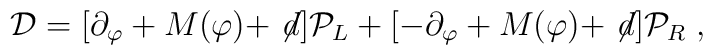
{\cal D}= [\partial_\varphi + M (\varphi)+ \not \! d] {\cal P}_L              +[-\partial_\varphi + M (\varphi)+ \not \! d] {\cal P}_R              \;,